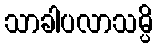
သာခါပလာသမ္ပိ